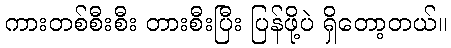
ကားတစ်စီးစီး တားစီးပြီး ပြန်ဖို့ပဲ ရှိတော့တယ်။